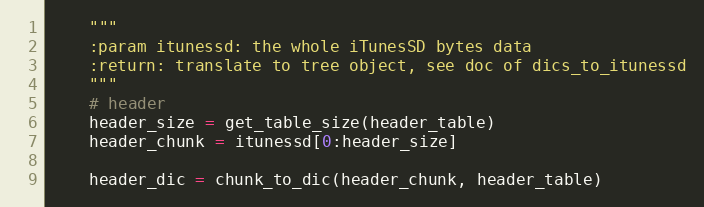
Language: Python
    """
    :param itunessd: the whole iTunesSD bytes data
    :return: translate to tree object, see doc of dics_to_itunessd
    """
    # header
    header_size = get_table_size(header_table)
    header_chunk = itunessd[0:header_size]

    header_dic = chunk_to_dic(header_chunk, header_table)